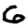
Digit: 6